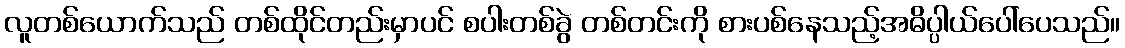
လူတစ်ယောက်သည် တစ်ထိုင်တည်းမှာပင် စပါးတစ်ခွဲ တစ်တင်းကို စားပစ်နေသည့်အဓိပ္ပါယ်ပေါ်ပေသည်။